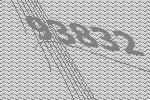
93832